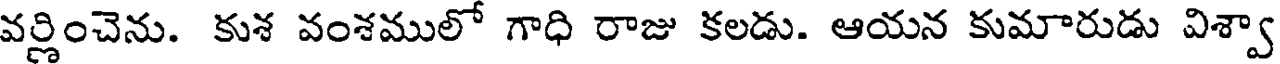
వర్ణించెను. కుశ వంశములో గాధి రాజు కలడు. ఆయన కుమారుడు విశ్వా